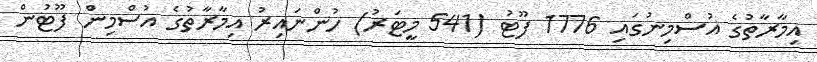
އިމާރާތުގެ އުސްމިނުގައި 1776 ފޫޓު (541 މީޓަރު) ހުންނައިރު އިމާރާތުގެ އުސްމިން ފޫޓުން